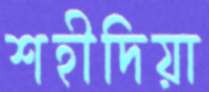
শহীদিয়া